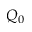
Q _ { 0 }